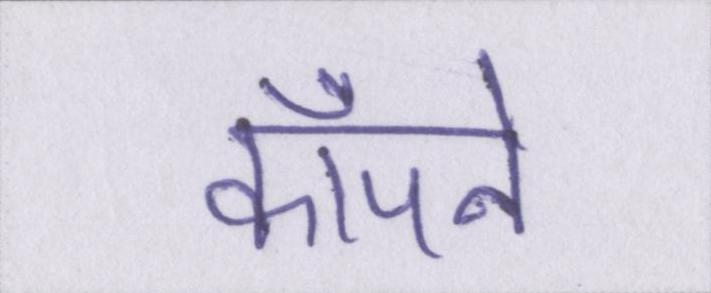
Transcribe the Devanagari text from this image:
काँपने